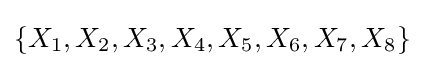
\{X_{1},X_{2},X_{3},X_{4},X_{5},X_{6},X_{7},X_{8}\}